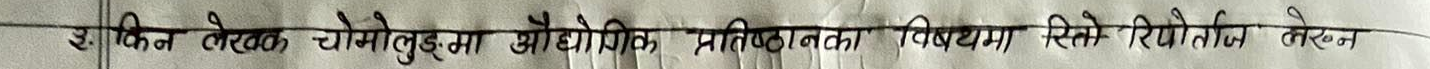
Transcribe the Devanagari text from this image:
३. किन लेखक चोमोलुङ्गमा औद्योगिक, प्रतिष्ठानका विषयमा सिधै रिपोर्टिङ लेखन